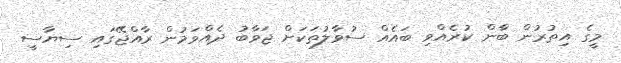
މީގެ އިތުރުން ބާްން ކުރެއްވި ބައެއް ސުވާލުތަކަށް ޖަވާބު ދެއްވަމުން ރާއްޖޭގައި ސިޔާސީ